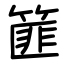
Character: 篚